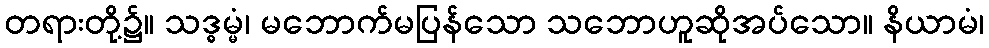
တရားတို့၌။ သဒ္ဓမ္မံ၊ မဘောက်မပြန်သော သဘောဟူဆိုအပ်သော။ နိယာမံ၊